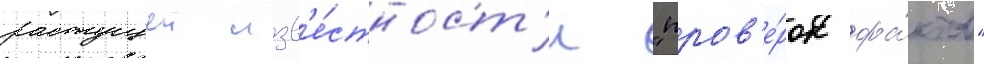
растущеи изв'е́стност'и "пров'е́рок фа́ктов"